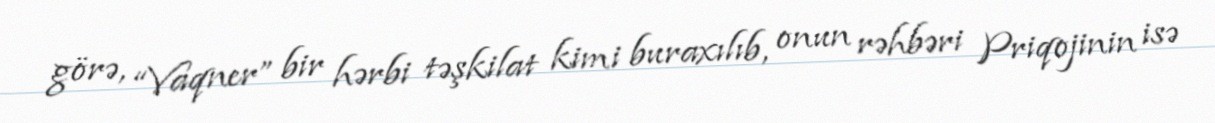
görə, “Vaqner” bir hərbi təşkilat kimi buraxılıb, onun rəhbəri Priqojinin isə